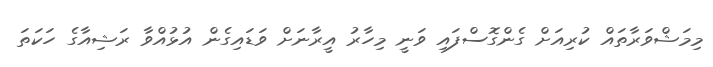
މިމަޝްވަރާތައް ކުރިއަށް ގެންގޮސްފައި ވަނީ މިހާރު އީރާނަށް ވަޑައިގެން އުޅުއްވާ ރަޝިއާގެ ހަކަތަ